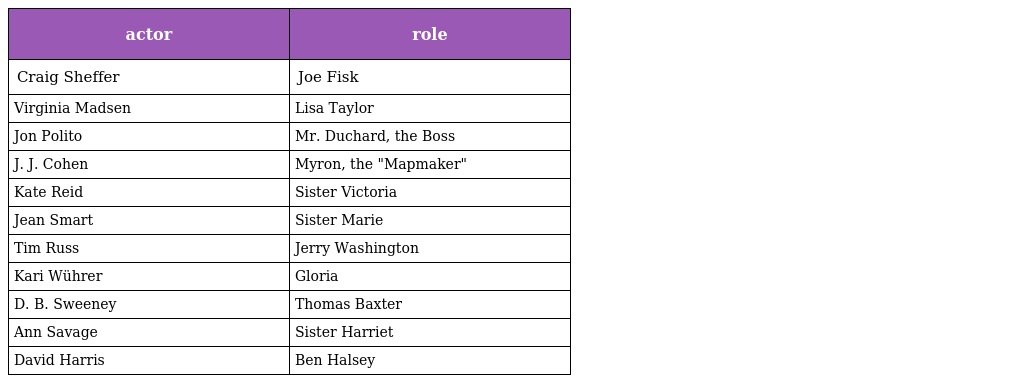
| actor | role |
 | --- | --- |
 | Craig Sheffer | Joe Fisk |
 | Virginia Madsen | Lisa Taylor |
 | Jon Polito | Mr. Duchard, the Boss |
 | J. J. Cohen | Myron, the "Mapmaker" |
 | Kate Reid | Sister Victoria |
 | Jean Smart | Sister Marie |
 | Tim Russ | Jerry Washington |
 | Kari Wührer | Gloria |
 | D. B. Sweeney | Thomas Baxter |
 | Ann Savage | Sister Harriet |
 | David Harris | Ben Halsey |